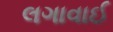
લગાવાઈ